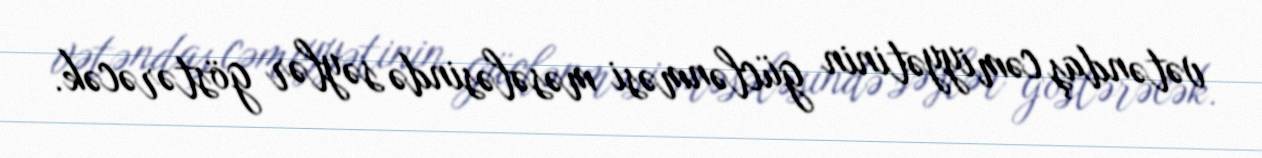
vətəndaş cəmiyyətinin güclənməsi məsələsində səylər göstərəcək.